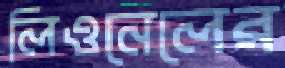
লিওনেলের